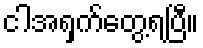
ငါအရှက်တွေ့ရပြီ။